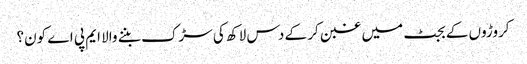
کروڑوں کے بجٹ میں غبن کر کے دس لاکھ کی سڑک بننے والا ایم پی اے کون؟